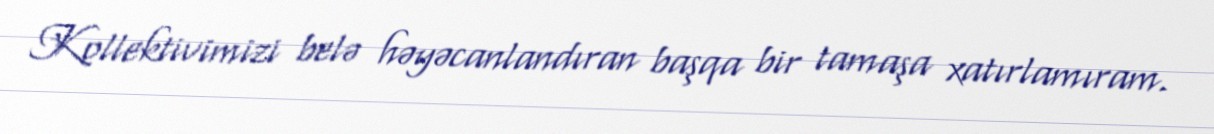
Kollektivimizi belə həyəcanlandıran başqa bir tamaşa xatırlamıram.